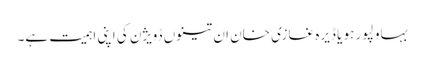
بہاولپور ہو یا ڈیرہ غازی خان ان تینوں ڈویژن کی اپنی اہمیت ہے۔